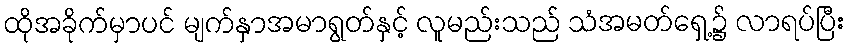
ထိုအခိုက်မှာပင် မျက်နှာအမာရွတ်နှင့် လူမည်းသည် သံအမတ်ရှေ့၌ လာရပ်ပြီး